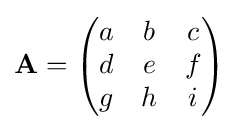
\mathbf {A} ={\begin{pmatrix}a&b&c\\d&e&f\\g&h&i\end{pmatrix}}